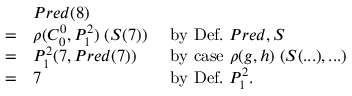
{ \begin{array} { l l l } & { P r e d ( 8 ) } \\ { = } & { \rho ( C _ { 0 } ^ { 0 } , P _ { 1 } ^ { 2 } ) \; ( S ( 7 ) ) } & { { \mathrm { ~ b y ~ D e f . ~ } } P r e d , S } \\ { = } & { P _ { 1 } ^ { 2 } ( 7 , P r e d ( 7 ) ) } & { { \mathrm { ~ b y ~ c a s e ~ } } \rho ( g , h ) \; ( S ( . . . ) , . . . ) } \\ { = } & { 7 } & { { \mathrm { ~ b y ~ D e f . ~ } } P _ { 1 } ^ { 2 } . } \end{array} }